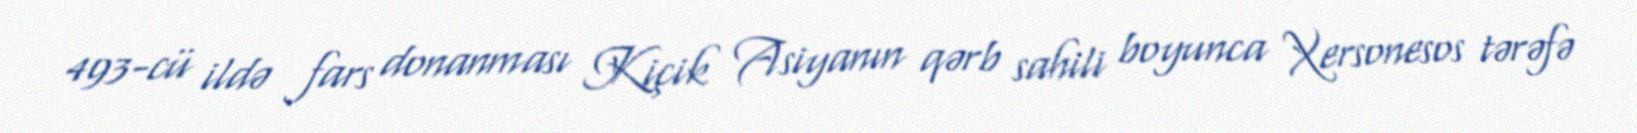
493-cü ildə fars donanması Kiçik Asiyanın qərb sahili boyunca Xersonesos tərəfə